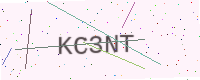
Text: KC3NT